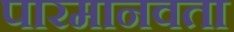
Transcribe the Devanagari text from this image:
पारमानवता